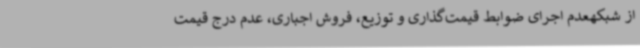
از شبکهعدم اجرای ضوابط قیمت‌گذاری و توزیع، فروش اجباری، ‌عدم درج قیمت